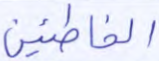
الخاطئين